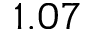
1 . 0 7